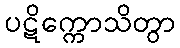
ပဋိက္ကောသိတွာ